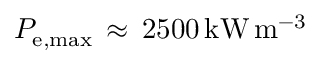
P _ { \mathrm { { e , m a x } } } \, \approx \, 2 5 0 0 \, \mathrm { { k W \, m ^ { - 3 } } }